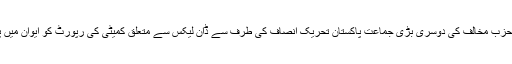
دوسری طرف قومی اسمبلی میں حزب مخالف کی دوسری بڑی جماعت پاکستان تحریک انصاف کی طرف سے ڈان لیکس سے متعلق کمیٹی کی رپورٹ کو ایوان میں پیش کرنے کا مطالبہ کیا گیا ہے۔